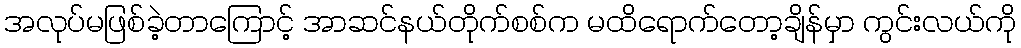
အလုပ်မဖြစ်ခဲ့တာကြောင့် အာဆင်နယ်တိုက်စစ်က မထိရောက်တော့ချိန်မှာ ကွင်းလယ်ကို